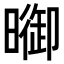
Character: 𣊗